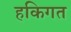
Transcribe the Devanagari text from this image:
हकिगत